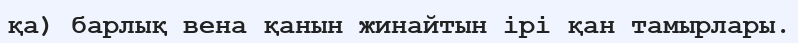
қа) барлық вена қанын жинайтын ірі қан тамырлары.